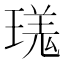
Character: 𪼎